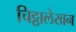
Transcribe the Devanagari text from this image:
चिट्ठालेखन